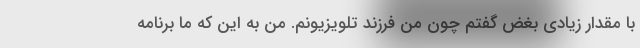
با مقدار زیادی بغض گفتم چون من فرزند تلویزیونم. من به این که ما برنامه